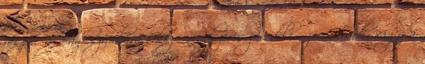
részére a Bankszámlára érkező rendszeres jövedelem jóváírások, vagy a